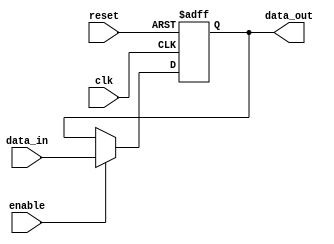
module EnableLatch (
    input wire clk,
    input wire reset,
    input wire enable,
    input wire data_in,
    output reg data_out
);

always @(posedge clk or posedge reset) begin
    if (reset) begin
        data_out <= 1'b0;
    end else begin
        if (enable) begin
            data_out <= data_in;
        end
    end
end

endmodule